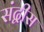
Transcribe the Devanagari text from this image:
संद्वीस